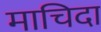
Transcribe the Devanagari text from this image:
माचिदा